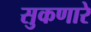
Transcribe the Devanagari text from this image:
सुकणारे